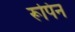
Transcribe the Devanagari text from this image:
रूपिन